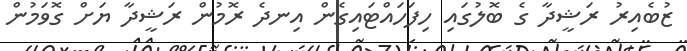
ޒުބެއިރު ރަޝީދާ ގެ ބޮލުގައި ހިފަހައްޓައިގެން އިނދެ ރޮމުން ރަޝީދާ ޔަށް ގޮވަމުން